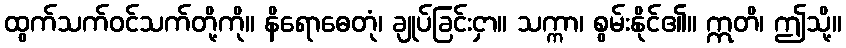
ထွက်သက်ဝင်သက်တို့ကို။ နိရောဓေတုံ၊ ချုပ်ခြင်းငှာ။ သက္ကာ၊ စွမ်းနိုင်၏။ ဣတိ၊ ဤသို့။